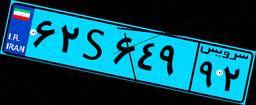
۶۲S۶۴۹۹۲